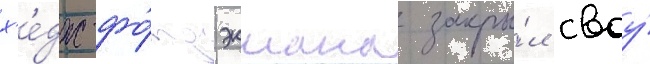
х'е́дж-фо́нд экмана закры́л своу́